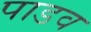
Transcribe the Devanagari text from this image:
पाडव